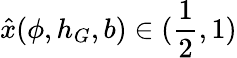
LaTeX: \hat{x}(\phi,h_{G},b)\in(\frac{1}{2},1)